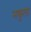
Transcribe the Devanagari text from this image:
नकुला